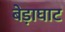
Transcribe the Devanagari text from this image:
बेड़ाघाट